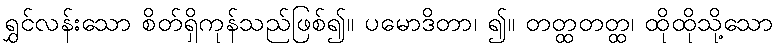
ရွှင်လန်းသော စိတ်ရှိကုန်သည်ဖြစ်၍။ ပမောဒိတာ၊ ၍။ တတ္ထတတ္ထ၊ ထိုထိုသို့သော